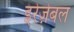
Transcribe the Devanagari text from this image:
इरेज़ेबल